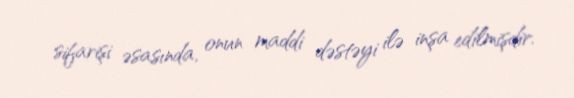
sifarişi əsasında, onun maddi dəstəyi ilə inşa edilmişdir.